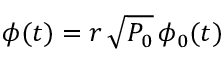
\phi ( t ) = r \, \sqrt { P _ { 0 } } \, \phi _ { 0 } ( t )